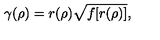
\gamma ( \rho ) = r ( \rho ) \sqrt { f [ r ( \rho ) ] } ,